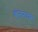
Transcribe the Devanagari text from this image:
कुंजनदास